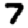
Digit: 7